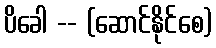
ပိခေါ -- (ဆောင်နိုင်စေ)